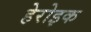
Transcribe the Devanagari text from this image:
हेरोइक